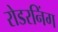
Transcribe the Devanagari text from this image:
रोडरनिंग